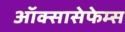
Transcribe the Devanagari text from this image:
ऑक्सासेफेम्स